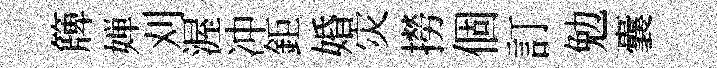
簰婵刈渥冲鉅婚灾撈個訂勉囊